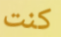
كنت